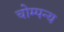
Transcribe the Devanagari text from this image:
चोम्पन्य